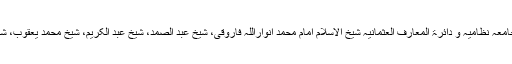
جامعہ نظامیہ میں حضرت ابو الوفا نے وقت کے عظیم علما جیسا کہ بانی جامعہ نظامیہ و دائرۃ المعارف العثمانیہ شیخ الاسلام امام محمد انواراللہ فاروقی، شیخ عبد الصمد، شیخ عبد الکریم، شیخ محمد یعقوب، شیخ مرقی محمد ایوب، شیخ رکن الدین اور دوسرے علما سے تعلیم حاصل کی۔